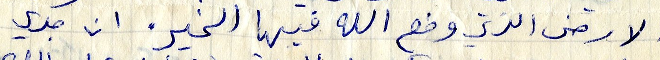
الارض الذي وضه الله فيها الخير. ان جدي